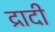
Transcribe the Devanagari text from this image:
द्रादी